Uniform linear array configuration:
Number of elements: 64
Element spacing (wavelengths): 0.25
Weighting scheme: binomial
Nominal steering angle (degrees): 60
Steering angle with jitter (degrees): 60.264
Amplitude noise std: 0.05
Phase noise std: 0.05

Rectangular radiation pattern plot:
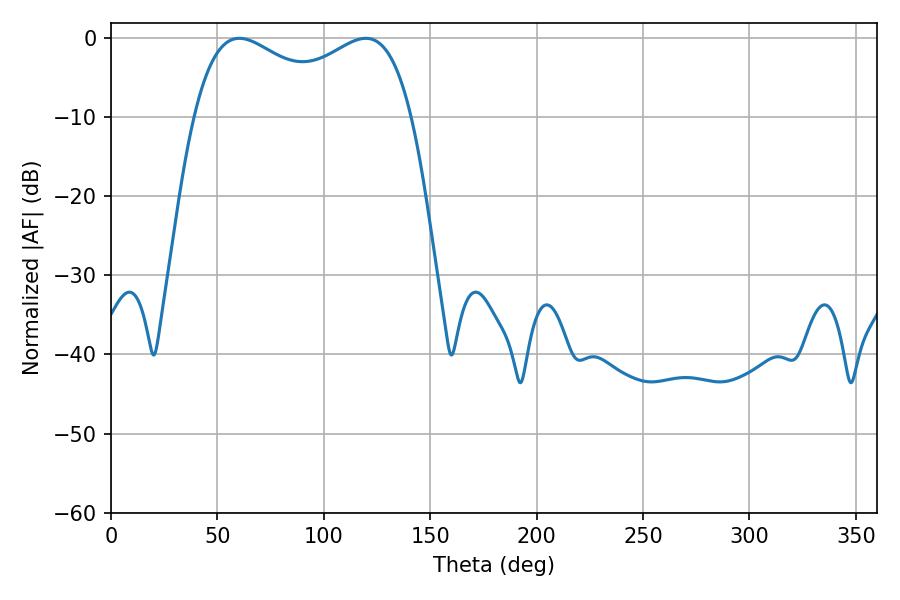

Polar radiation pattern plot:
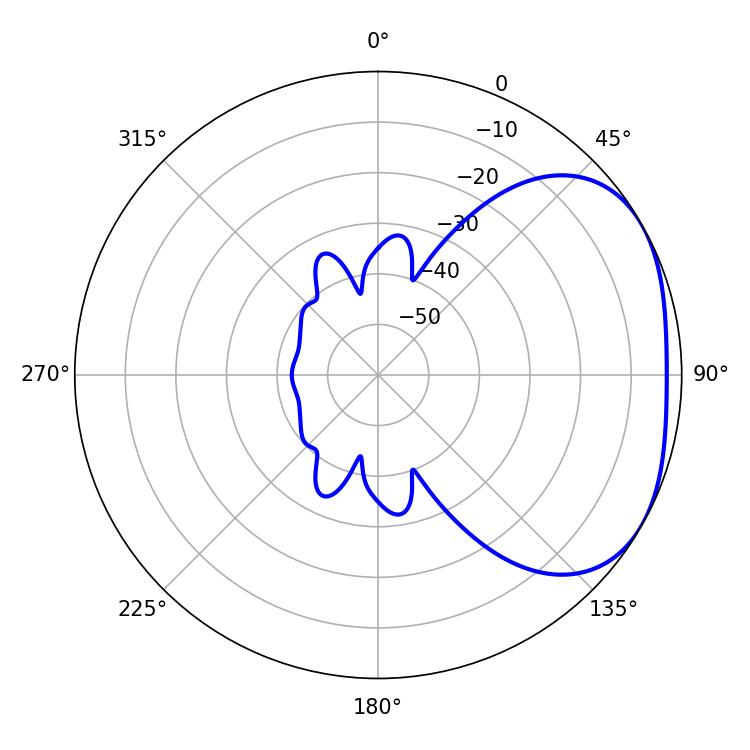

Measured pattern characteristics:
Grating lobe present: FALSE
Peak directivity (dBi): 2.727
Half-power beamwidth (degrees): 84.96
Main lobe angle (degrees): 60.3